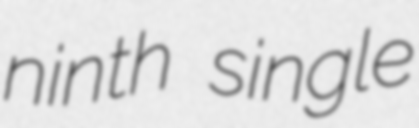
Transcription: ninth single